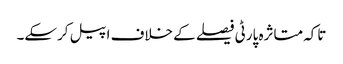
تاکہ متاثرہ پارٹی فیصلے کے خلاف اپیل کرسکے۔